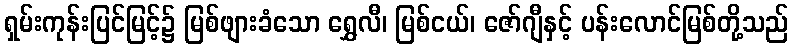
ရှမ်းကုန်းပြင်မြင့်၌ မြစ်ဖျားခံသော ရွှေလီ၊ မြစ်ငယ်၊ ဇော်ဂျီနှင့် ပန်းလောင်မြစ်တို့သည်